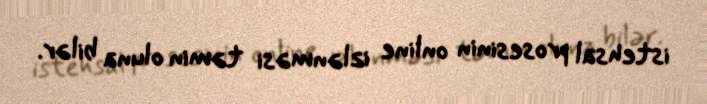
istehsal prosesinin online izlənməsi təmin oluna bilər.